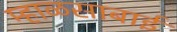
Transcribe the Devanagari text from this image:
म्हाळसाबाई